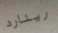
رينارد